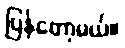
ပြန်တော့မယ်။